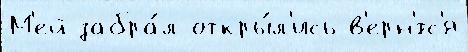
М'ей забра́л откры́л'ись в'ерн'́тс'я